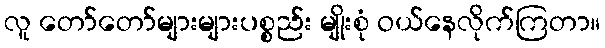
လူ တော်တော်များများပစ္စည်း မျိုးစုံ ဝယ်နေလိုက်ကြတာ။